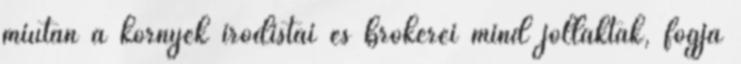
miután a környék irodistái és brókerei mind jóllaktak, fogja